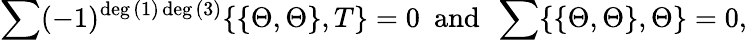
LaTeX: \sum(-1)^{\deg{(1)}\deg{(3)}}\{ \{ \Theta,\Theta\} ,T\} =0~~\mathrm{and}~~\sum\{ \{ \Theta,\Theta\} ,\Theta\} =0,